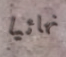
نهائيا